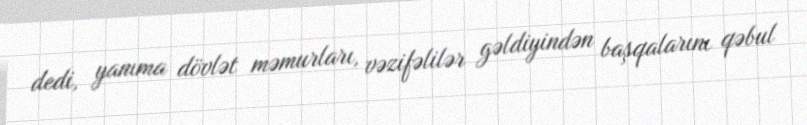
dedi, yanıma dövlət məmurları, vəzifəlilər gəldiyindən başqalarını qəbul